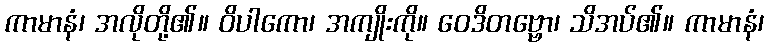
ကာမာနံ၊ အလိုတို့၏။ ဝိပါကော၊ အကျိုးကို။ ဝေဒိတဗ္ဗော၊ သိအပ်၏။ ကာမာနံ၊